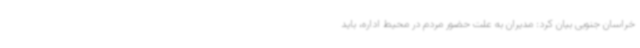
خراسان جنوبی بیان کرد: مدیران به علت حضور مردم در محیط اداره، باید